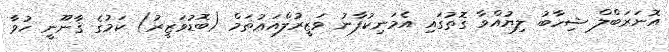
އޮނަރަބްލް ޝިހާބު ލިޔުއްވާ ގޮތުގައި އެމަނިކުފާނު ވަޒީރުލްއަޢުޡަމް (ބޮޑުވަޒީރު) ކަމުގެ ޤާނޫނީ ހުވާ